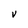
Character: V